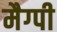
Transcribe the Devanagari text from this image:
मैग्पी